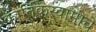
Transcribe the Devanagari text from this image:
कार्तिकस्वामीचे